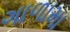
ગાળામા